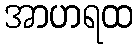
အာဟရထ